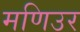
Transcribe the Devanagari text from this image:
मणिउर